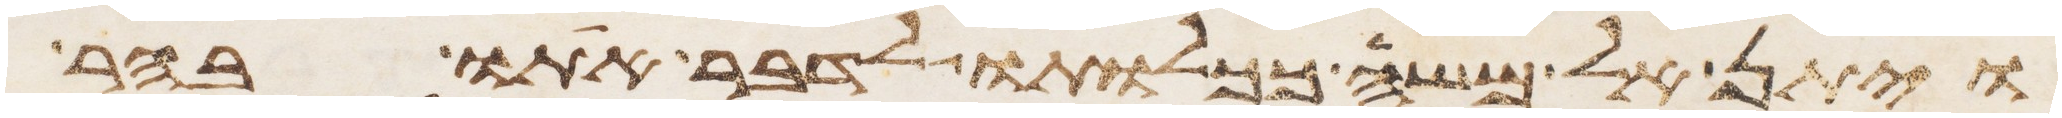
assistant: ויתן אל משה ככלותו לדבר אתו בהר